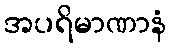
အပရိမာဏာနံ